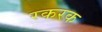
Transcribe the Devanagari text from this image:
रकरक